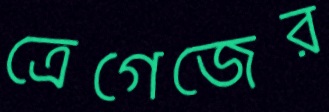
ত্রেগেজের